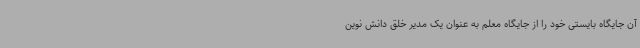
آن جایگاه بایستی خود را از جایگاه معلم به عنوان یک مدیر خلق دانش نوین